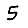
Digit: 5